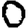
Digit: 0